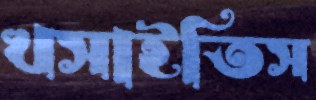
খসাইতিস